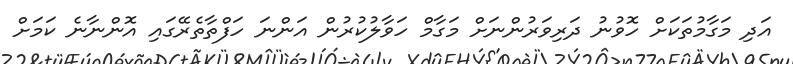
އަދި މަގާމުތަކަށް ހޮވުނު ދަރިވަރުންނަށް މަގާމް ހަވާލުކުރުން އަންނަ ހަފްތާތެރޭގައި އޮންނާނެ ކަމަށް